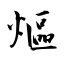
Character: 熰